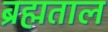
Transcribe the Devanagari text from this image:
ब्रह्मताल